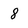
Character: 8